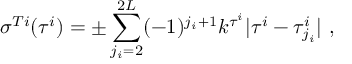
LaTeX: \sigma ^ { T i } ( \tau ^ { i } ) = \pm \sum _ { j _ { i } = 2 } ^ { 2 L } ( - 1 ) ^ { j _ { i } + 1 } k ^ { \tau ^ { i } } | \tau ^ { i } - \tau _ { j _ { i } } ^ { i } | ~ , ~ \,